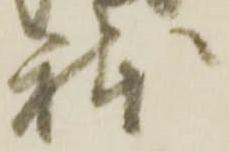
躰